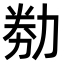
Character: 𠡶